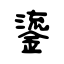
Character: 鎏